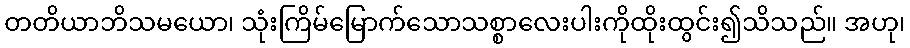
တတိယာဘိသမယော၊ သုံးကြိမ်မြောက်သောသစ္စာလေးပါးကိုထိုးထွင်း၍သိသည်။ အဟု၊